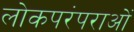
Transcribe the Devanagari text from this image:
लोकपरंपराओं